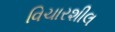
વિચારશીલ